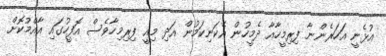
އުޅެނީ އަހަރެންނާ ފިރިމީހާއާ ދެމީހުން އެކަނިކަމުން އަދި މިއީ ފިރިމިހާވެސް އޮފީހުގައި އާއްމުކޮށް